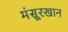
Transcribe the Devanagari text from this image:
मंसूरखान